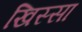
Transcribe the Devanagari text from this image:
खिस्‍सा